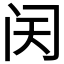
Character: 𬮜